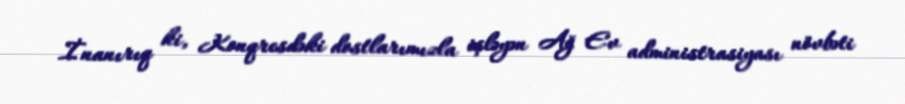
İnanırıq ki, Konqresdəki dostlarımızla işləyən Ağ Ev administrasiyası növbəti